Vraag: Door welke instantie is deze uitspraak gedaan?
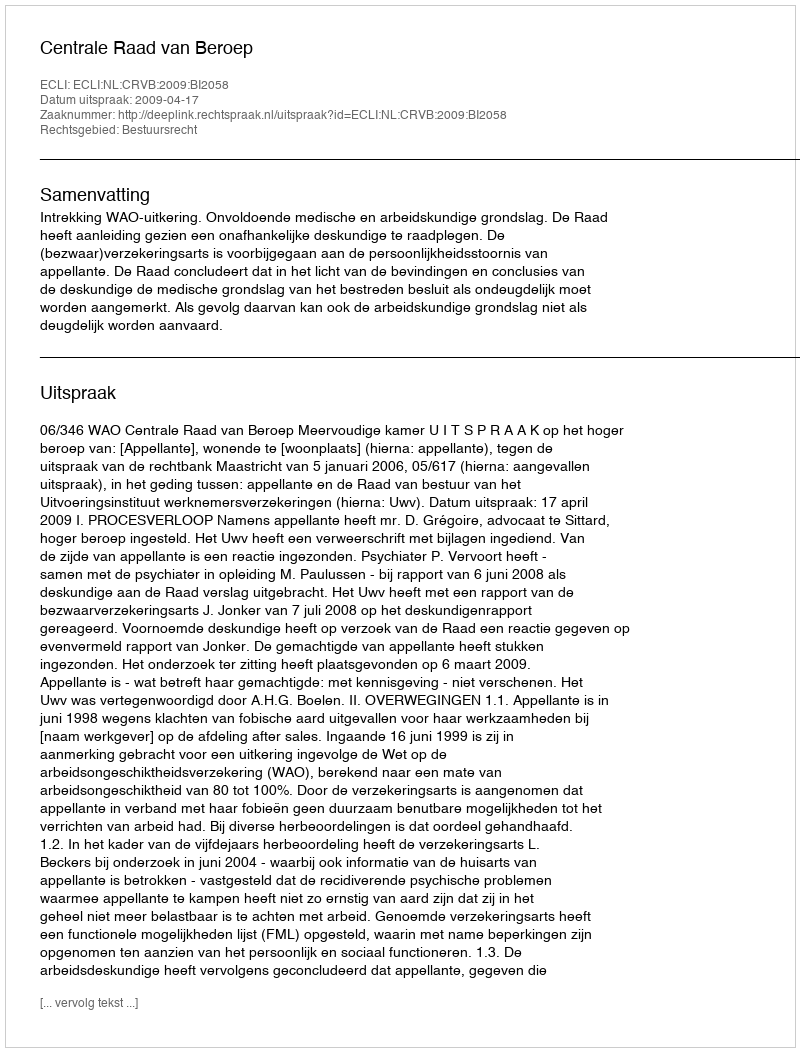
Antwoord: Centrale Raad van Beroep